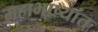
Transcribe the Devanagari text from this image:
महाभाष्यांत